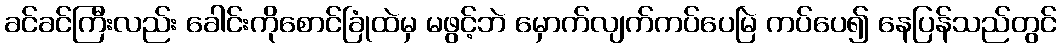
ခင်ခင်ကြီးလည်း ခေါင်းကိုစောင်ခြုံထဲမှ မဖွင့်ဘဲ မှောက်လျက်ကပ်ပေမြဲ ကပ်ပေ၍ နေပြန်သည်တွင်